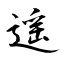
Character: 遥